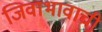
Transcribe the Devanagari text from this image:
जिवाभावाची